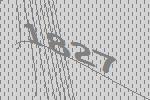
1827